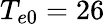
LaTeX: T_{e0}=26